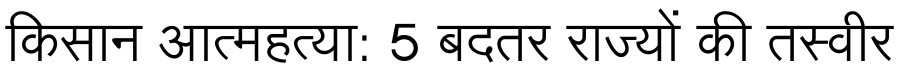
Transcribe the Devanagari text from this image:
किसान आत्महत्या: 5 बदतर राज्यों की तस्वीर